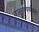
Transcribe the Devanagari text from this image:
वजनापर्यंतचा